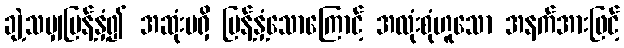
ချဲ့သမျှပြန့်နှံ့၍ အဆုံးမရှိ ပြန့်နှံ့သောကြောင့် အလုံးစုံဟူသော အနက်အားဖြင့်